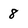
Character: 8